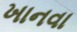
ખાનવા